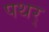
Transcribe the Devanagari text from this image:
पथर्